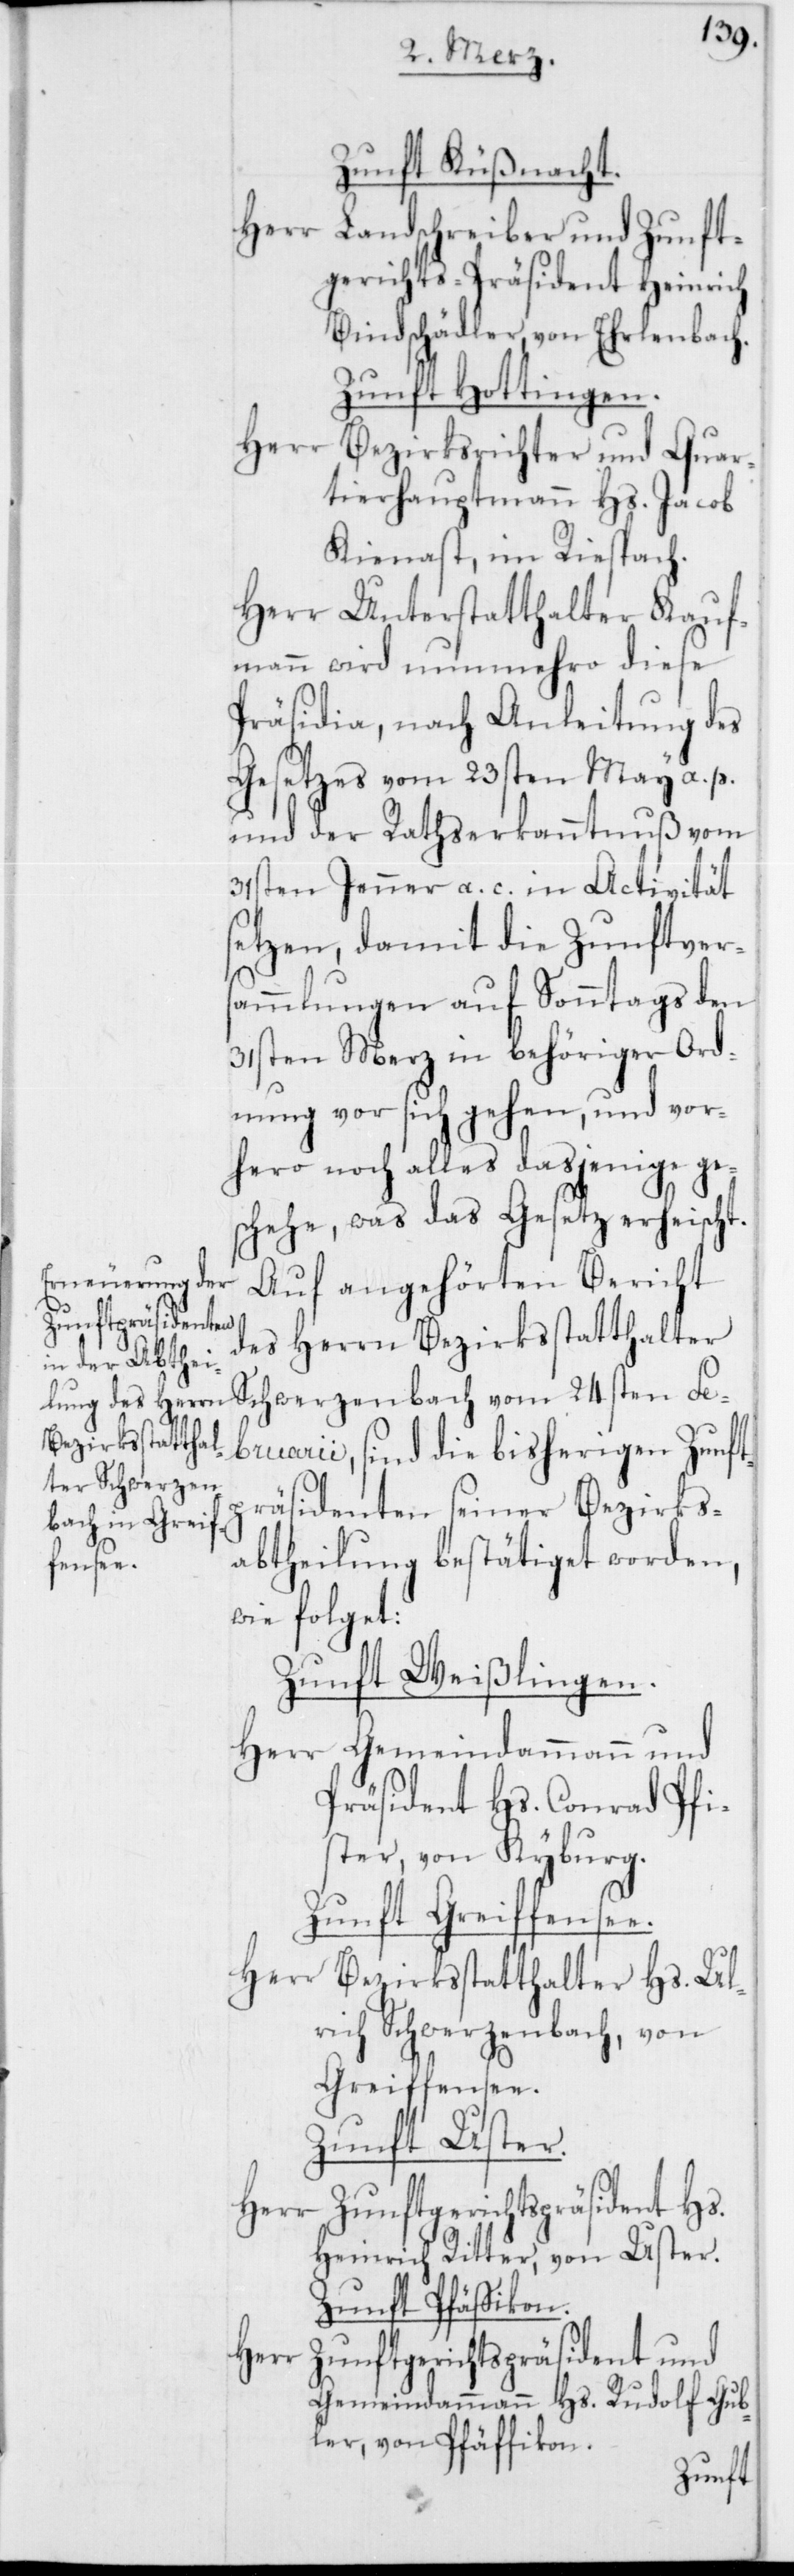
Zunft Küßnacht.
Herr
Landschreiber und Zunft¬
gerichts-Präsident Heinrich
Bindschädler, von Erlenbach.
Zunft Hottingen.
Herr
Bezirksrichter und Quar¬
tierhauptmann Hs. Jacob
Kienast, im Riesbach.
Herr Unterstatthalter Kauf¬
mann wird nunmehro diese
Präsidia, nach Anleitung des
Gesetzes vom 23sten May a. p.
und der Rathserkanntnuß vom
31sten Jenner a. c. in Activität
setzen, damit die Zunftvers¬
ammlungen auf Sonntags den
31sten Merz in behöriger Ord¬
nung vor sich gehen, und vor¬
hero noch alles dasjenige ges¬
chehe, was das Gesetz erheischt.
Auf angehörten Bericht
des Herrn Bezirksstatthalter
Schwerzenbach vom 24sten Fe¬
bruarii, sind die bisherigen Zunft¬
präsidenten seiner Bezirks¬
abtheilung bestätiget worden,
wie folget:
Zunft Weißlingen.
Herr Gemeindammann und
Präsident Hs. Conrad Pfi¬
ster, von Kyburg.
Zunft Greiffensee.
Herr Bezirksstatthalter Hs. Ul¬
rich Schwerzenbach, von
Greiffensee.
Zunft Uster.
Heinrich Ritter, von Uster.
Zunft Pfäffikon.
Herr
Zunftgerichtspräsident und
Gemeindammann Hs. Rudolf Gub¬
ler, von Pfäffikon.